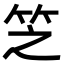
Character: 𬔱